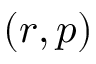
( r , p )